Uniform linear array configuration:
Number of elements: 32
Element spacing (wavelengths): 0.5
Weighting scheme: hann
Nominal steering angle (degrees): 15
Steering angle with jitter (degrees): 15.59
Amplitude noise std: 0.05
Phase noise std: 0.05

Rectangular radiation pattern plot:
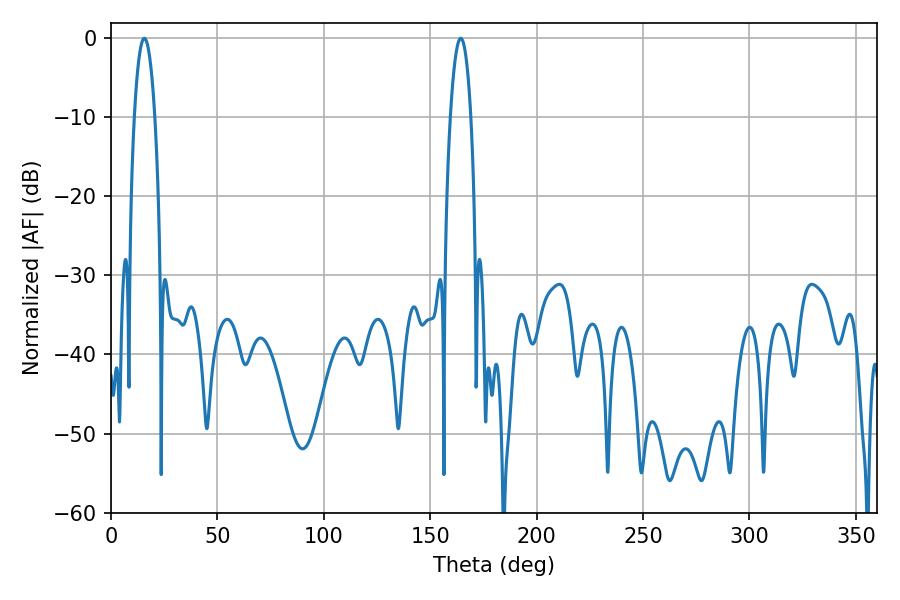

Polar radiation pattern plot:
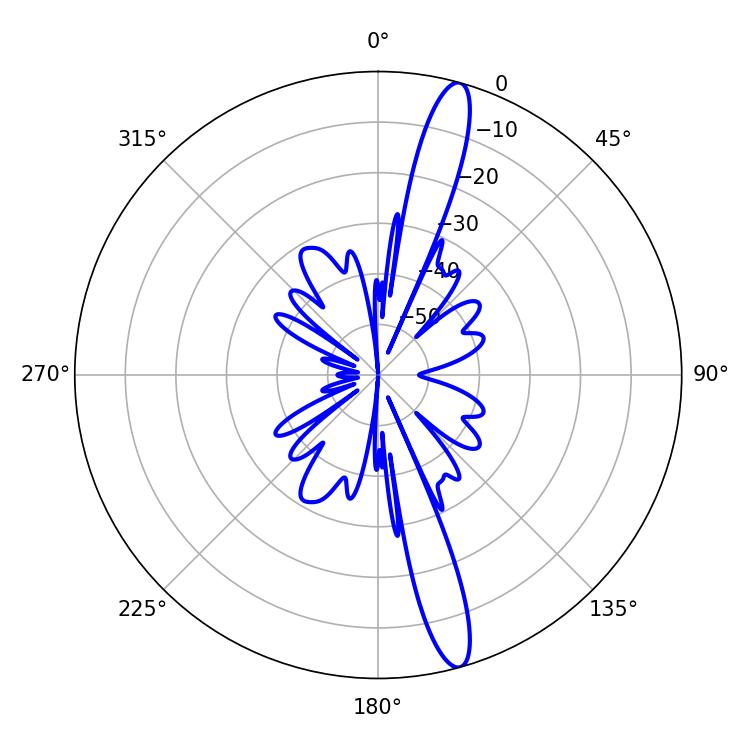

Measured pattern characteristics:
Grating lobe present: FALSE
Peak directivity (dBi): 15.654
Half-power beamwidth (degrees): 5.4
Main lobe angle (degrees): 15.66